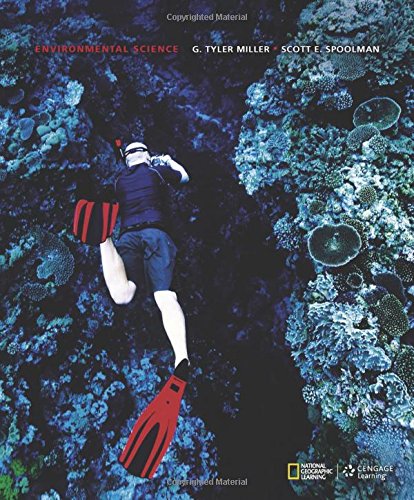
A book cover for Environmental Science; G. Tyler Miller; Science & Math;